Report of the Imperial Institute of Veterinary Research, Muktesar
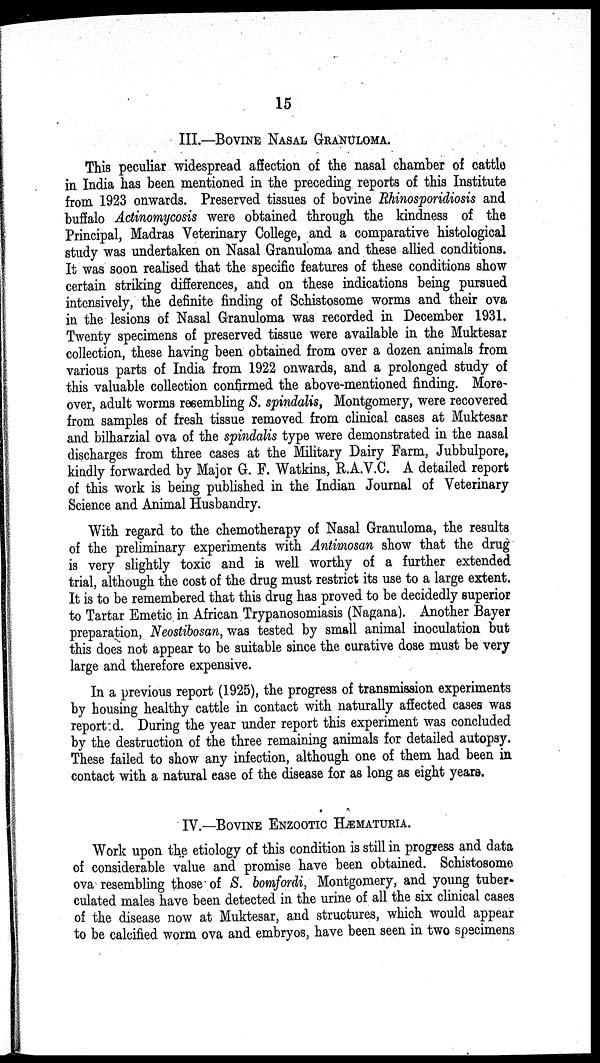
15
III.—BOVINE NASAL GRANULOMA.
This peculiar widespread affection of the nasal chamber of cattle
in India has been mentioned in the preceding reports of this Institute
from 1923 onwards. Preserved tissues of bovine Rhinosporidiosis and
buffalo Actinomycosis were obtained through the kindness of the
Principal, Madras Veterinary College, and a comparative histological
study was undertaken on Nasal Granuloma and these allied conditions.
It was soon realised that the specific features of these conditions show
certain striking differences, and on these indications being pursued
intensively, the definite finding of Schistosome worms and their ova
in the lesions of Nasal Granuloma was recorded in December 1931.
Twenty specimens of preserved tissue were available in the Muktesar
collection, these having been obtained from over a dozen animals from
various parts of India from 1922 onwards, and a prolonged study of
this valuable collection confirmed the above-mentioned finding. More-
over, adult worms resembling S. spindalis, Montgomery, were recovered
from samples of fresh tissue removed from clinical cases at Muktesar
and bilharzial ova of the spindalis type were demonstrated in the nasal
discharges from three cases at the Military Dairy Farm, Jubbulpore,
kindly forwarded by Major G. F. Watkins, R.A.V.C. A detailed report
of this work is being published in the Indian Journal of Veterinary
Science and Animal Husbandry.
With regard to the chemotherapy of Nasal Granuloma, the results
of the preliminary experiments with Antimosan show that the drug
is very slightly toxic and is well worthy of a further extended
trial, although the cost of the drug must restrict its use to a large extent.
It is to be remembered that this drug has proved to be decidedly superior
to Tartar Emetic in African Trypanosomiasis (Nagana). Another Bayer
preparation, Neostibosan, was tested by small animal inoculation but
this does not appear to be suitable since the curative dose must be very
large and therefore expensive.
In a previous report (1925), the progress of transmission experiments
by housing healthy cattle in contact with naturally affected cases was
reported. During the year under report this experiment was concluded
by the destruction of the three remaining animals for detailed autopsy.
These failed to show any infection, although one of them had been in
contact with a natural ease of the disease for as long as eight years.
IV.—BOVINE ENZOOTIC HÆMATURIA.
Work upon the etiology of this condition is still in progress and data
of considerable value and promise have been obtained. Schistosome
ova resembling those of S. bomfordi, Montgomery, and young tuber¬
culated males have been detected in the urine of all the six clinical cases
of the disease now at Muktesar, and structures, which would appear
to be calcified worm ova and embryos, have been seen in two specimens